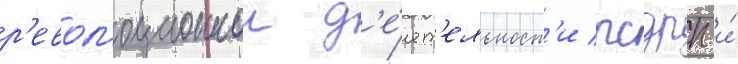
р'евол'юционнои д'е́ят'ельност'и рсдрп и́